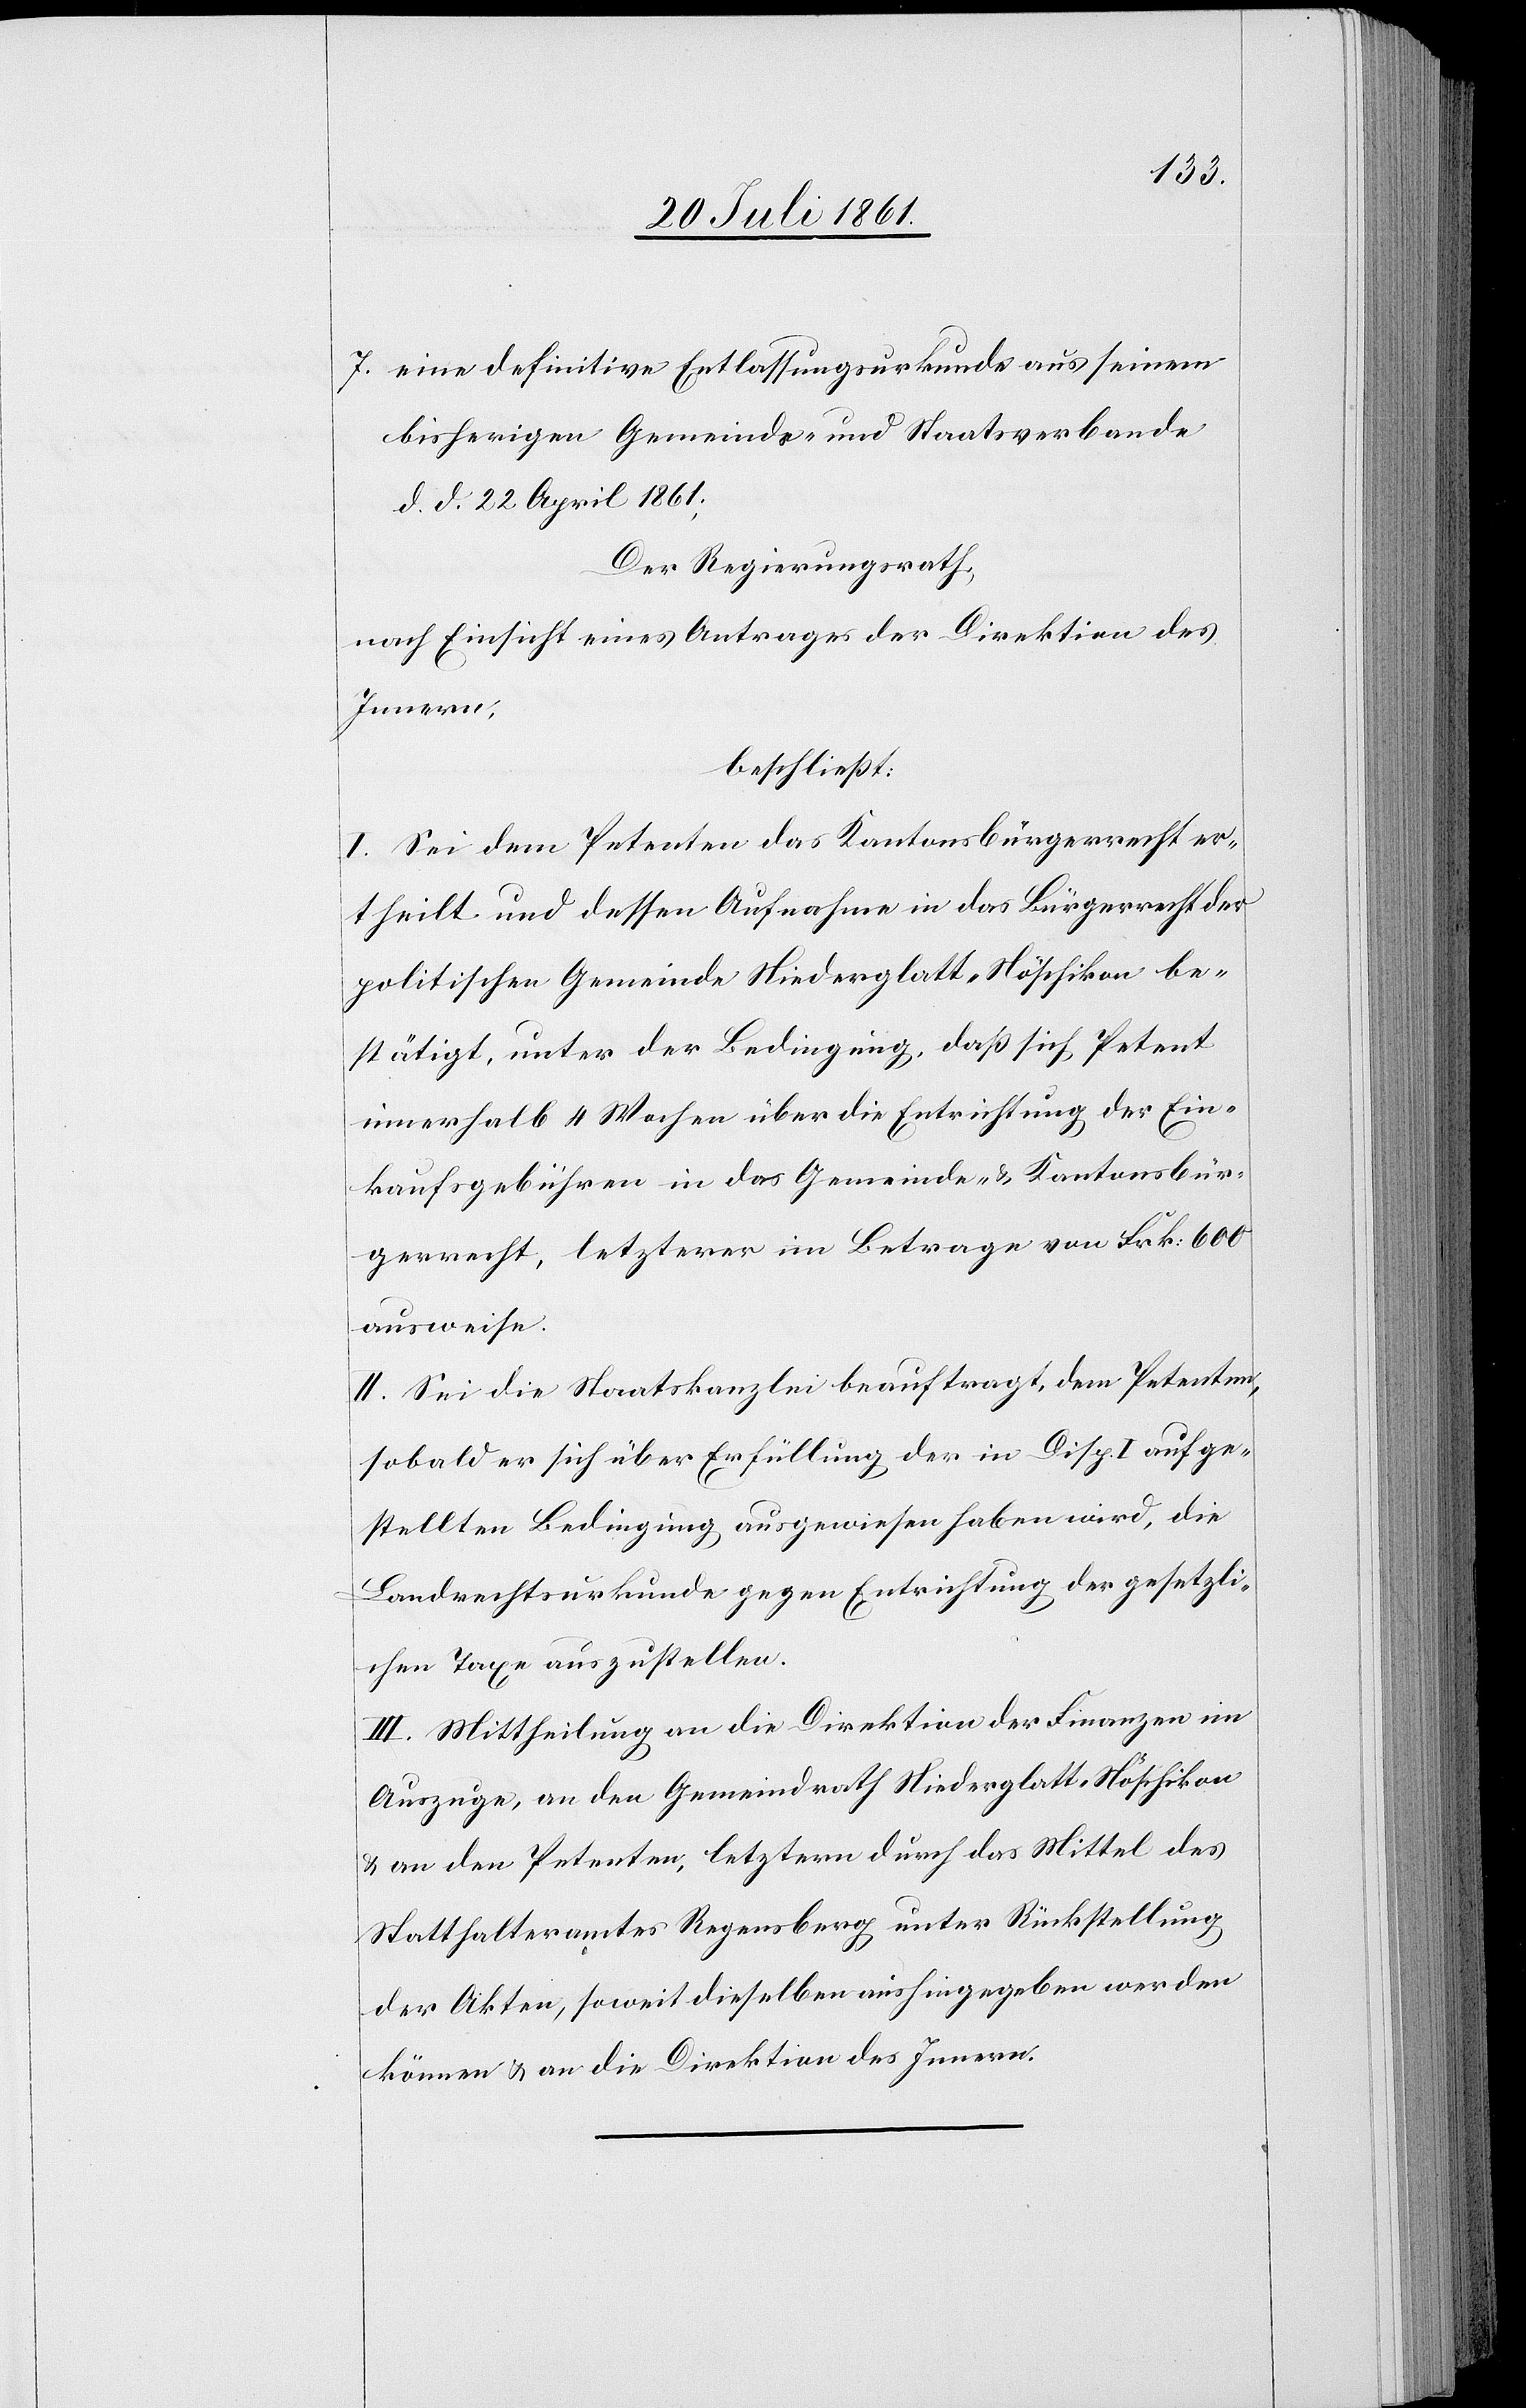
7. eine definitive Entlassungsurkunde aus seinem
bisherigen Gemeinde- und Staatsverbande
d. d. 22 April 1861;
Der Regierungsrath,
nach Einsicht eines Antrages der Direktion des
Innern,
beschließt:
I. Sei dem Petenten das Kantonsbürgerrecht er¬
theilt und dessen Aufnahme in das Bürgerrecht der
politischen Gemeinde Niederglatt-Nöschikon be¬
stätigt, unter der Bedingung, daß sich Petent
innerhalb 4 Wochen über die Entrichtung der Ein¬
kaufsgebühren in das Gemeinde- u. Kantonsbür¬
gerrecht, letzterer im Betrage von Frk. 600
ausweise.
II. Sei die Staatskanzlei beauftragt den Petenten,
sobald er sich über Erfüllung der in Disp. I aufge¬
stellten Bedingung ausgewiesen haben wird, die
Landrechtsurkunde gegen Entrichtung der gesetzli¬
chen Taxe auszustellen.
III. Mittheilung an die Direktion der Finanzen im
Auszuge, an den Gemeindrath Niederglatt, Nöschikon
u. an den Petenten, letzterm durch das Mittel des
Statthalteramtes Regensberg unter Rückstellung
der Akten, soweit dieselben aushingegeben werden
können u. an die Direktion des Innern.